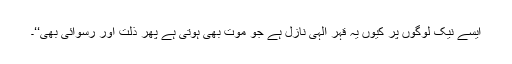
ایسے نیک لوگوں پر کیوں یہ قہر الٰہی نازل ہے جو موت بھی ہوتی ہے پھر ذلت اور رسوائی بھی‘‘۔